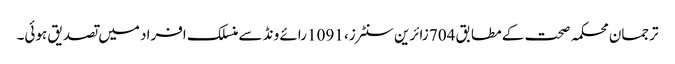
ترجمان محکمہ صحت کے مطابق 704 زائرین سنٹرز، 1091 رائے ونڈ سے منسلک افراد میں تصدیق ہوئی۔